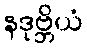
နဒုဗ္ဘိယံ